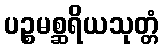
ပဉ္စမစ္ဆရိယသုတ္တံ